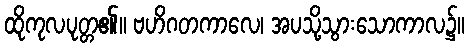
ထိုကုလပုတ္တ၏။ ဗဟိဂတကာလေ၊ အပသို့သွားသောကာလ၌။